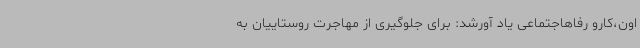
اون،کارو رفاهاجتماعی یاد آورشد: برای جلوگیری از مهاجرت روستاییان به